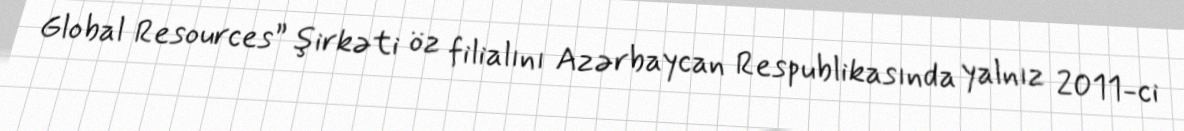
Global Resources” şirkəti öz filialını Azərbaycan Respublikasında yalnız 2011-ci